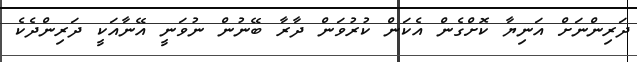
ދަރިންނަށް އަނިޔާ ކޮށްގެން އެކަން ކުރުވަން ދާރާ ބޭނުން ނުވަނީ އޭނާއަކީ ދަރިންދެކެ